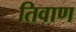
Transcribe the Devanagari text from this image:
तिवाण